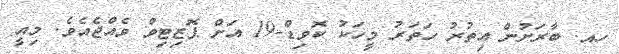
ހއ. ބާރަށުން އިތުރު ހަތަރު މީހަކު ކޮވިޑް-19 އަށް ޕޮޒިޓިވް ވެއްޖެއެވެ. މިއީ